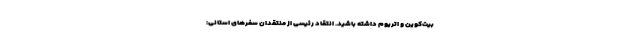
بیت‌کوین و اتریوم داشته باشید. انتقاد رئیسی از منتقدان سفرهای استانی: